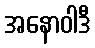
အနောဝါဒီ